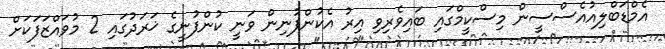
އެމްޑަބްލިއުއެސްސީން މިސްކީމްގައި ބައިވެރިވި އިރު އެކުންފުނިން ވަނީ ކުންފުނީގެ ޚަރަދުގައި 2 މުވައްޒަފަކަށް